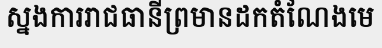
ស្នងការរាជធានីព្រមានដកតំណែងមេ